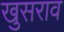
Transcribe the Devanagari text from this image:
खुसराव